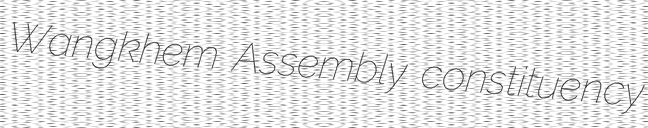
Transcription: Wangkhem Assembly constituency